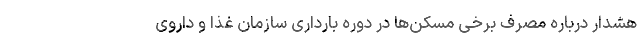
هشدار درباره مصرف برخی مُسکن‌ها در دوره بارداری سازمان غذا و داروی